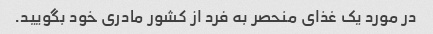
در مورد یک غذای منحصر به فرد از کشور مادری خود بگویید.